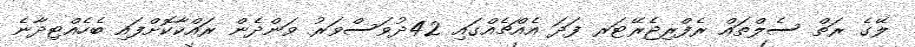
ލޭގެ ރަތް ސެލްތައް ރެފްރިޖެރޭޓަރ ފަދަ އެއްޗެއްގައި 42ދުވަސްވަރު ވަންދެން ރައްކާކޮށްފައި ބެހެއްޓިދާނެ